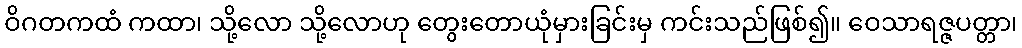
ဝိဂတကထံ ကထာ၊ သို့လော သို့လောဟု တွေးတောယုံမှားခြင်းမှ ကင်းသည်ဖြစ်၍။ ဝေသာရဇ္ဇပတ္တာ၊